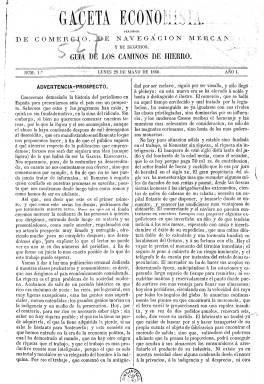
Título: Gaceta economista (Periódico semanal)
Colección: Economía
Ámbito geográfico: Madrid
Lugar de publicación: Madrid
Fechas: 28/05/1860-26/10/1863

Con el subtítulo “periódico de comercio, divulgación mercantil y de seguros” y, también “guía de los caminos de hierro”, esta publicación semanal (salía los lunes), comienza a editarse el 28 de mayo de 1860, en números de cuatro páginas, publicando, paralelamente, una revista mensual, en entregas de ocho páginas. Como órgano de la Asociación para la Reforma de los Aranceles de Aduanas, contribuirá eficazmente a la divulgación en España del conocimiento económico a través de artículos divulgativos de la escuela económica clásica, y como defensora del libre cambio (librecambista) se opondrá a La verdad económica (1861), periódico de inspiración proteccionista.

En ella se van a dar cita una serie de catedráticos de Economía, así como otros expertos, como ingenieros, abogados y publicistas, como Antonio Alcalá Galiano, Laureano Figuerola, Félix de Bona, Francisco Canalejas, Ricardo Alray, Gabriel Rodríguez, Segismundo Moret, Félix Márquez, José Monasterio o Cipriano Segundo Montesinos. Es fundada por el catedrático y también abolicionista Joaquín María Sanromá y Creus (1828-1895) y el periodista y político José María Alonso de Beraza (1831-1901), delegado de la Sociedad Abolicionista Española, quien sustituirá a su primer director, el catedrático Benigno Carballo Wangüemert (1836-1864). Su impresor y editor responsable es Manuel Galiano.

Ofrece artículos doctrinales y científicos, crónicas oficial y general, artículos mercantiles, revistas de prensa y cotizaciones de bolsa, y dará cuenta de las ponencias y discusiones que se ofrecen en la Asociación Libre de Economía Política, la Sociedad Económica Matritense y en los círculos Mercantiles e Industriales.

La colección de su edición semanal en la Biblioteca Nacional de España abarca hasta el 26 de octubre de 1863. Su colección completa la forman doce tomos, y su última entrega conocida corresponde al diez de noviembre de 1868.